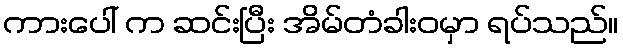
ကားပေါ် က ဆင်းပြီး အိမ်တံခါးဝမှာ ရပ်သည်။